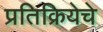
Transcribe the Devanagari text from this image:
प्रतिक्रियेचे